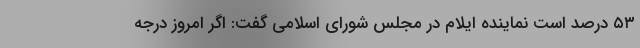
۵۳ درصد است نماینده ایلام در مجلس شورای اسلامی گفت: اگر امروز درجه